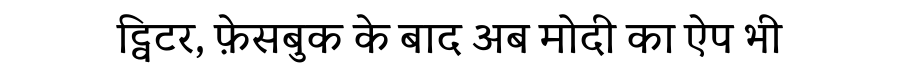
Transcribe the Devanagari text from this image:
ट्विटर, फ़ेसबुक के बाद अब मोदी का ऐप भी